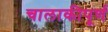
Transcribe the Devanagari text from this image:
चालाकीपूर्ण